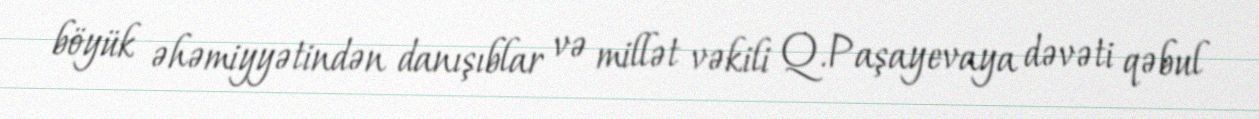
böyük əhəmiyyətindən danışıblar və millət vəkili Q.Paşayevaya dəvəti qəbul